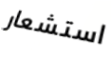
استشعار